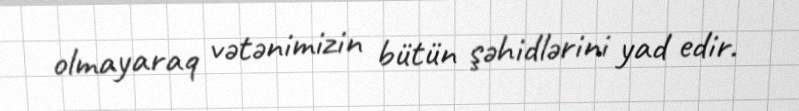
olmayaraq vətənimizin bütün şəhidlərini yad edir.